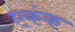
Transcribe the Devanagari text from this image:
एकंक